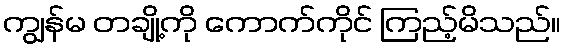
ကျွန်မ တချို့ကို ကောက်ကိုင် ကြည့်မိသည်။